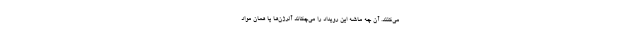
می‌کنند. آن چه ماشه این رویداد را می‌چکاند آلرژن‌ها یا همان مواد